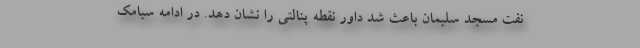
نفت مسجد سلیمان باعث شد داور نقطه پنالتی را نشان دهد. در ادامه سیامک